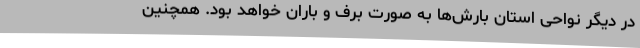
در دیگر نواحی استان بارش‌ها به صورت برف و باران خواهد بود. همچنین